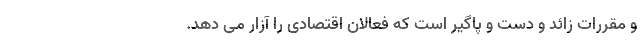
و مقررات زائد و دست و پاگیر است که فعالان اقتصادی را آزار می دهد.